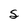
Character: s